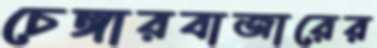
চেঙ্গারবাজারের